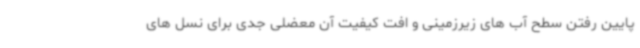
پایین رفتن سطح آب های زیرزمینی و افت کیفیت آن معضلی جدی برای نسل های